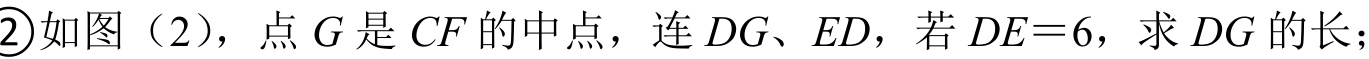
\textcircled{2}如图（2），点\(G\)是\(CF\)的中点，连\(DG\)、\(ED\)，若\(DE = 6\)，求\(DG\)的长；